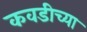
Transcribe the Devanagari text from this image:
कवडीच्या